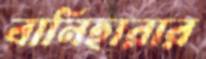
বানিহারার